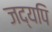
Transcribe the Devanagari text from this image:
जद्यपि